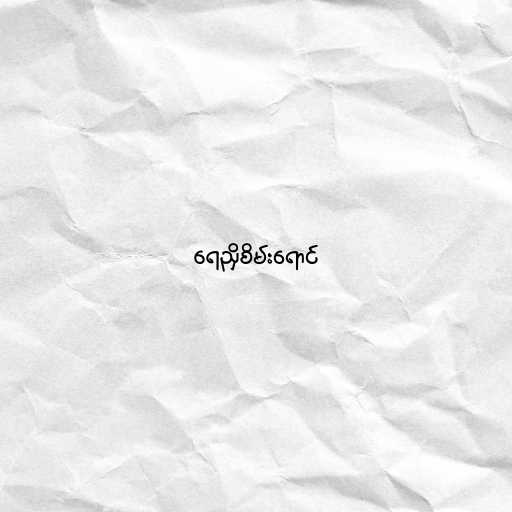
ရေညှိစိမ်းရောင်